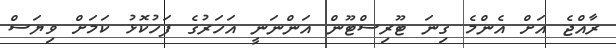
ރާއްޖެ އަށް އެންމެ ގިނަ ޓޫރިސްޓޫން އަންނަނީ އަހަރުގެ ފަހުކޮޅު ކަމަށް ވިޔަސް